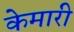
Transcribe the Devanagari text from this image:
केमारी